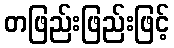
တဖြည်းဖြည်းဖြင့်